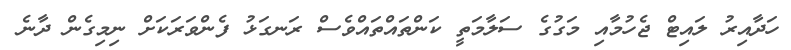
ހަދާއިރު ލައިޓް ޖެހުމާއި މަގުގެ ސަލާމަތީ ކަންތައްތައްވެސް ރަނގަޅު ފެންވަރަކަށް ނިމިގެން ދާނެ